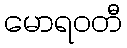
မောရဝတီ